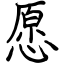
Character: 愿